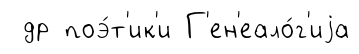
др поэ́т'ик'и Г'ен'еало́г'иjа